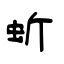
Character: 蚚